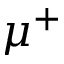
\mu ^ { + }